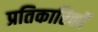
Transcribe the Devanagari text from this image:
प्रतिकारिकों